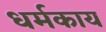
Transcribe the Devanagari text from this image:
धर्मकाय